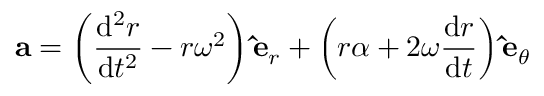
\mathbf { a } = \left( { \frac { \mathrm { d } ^ { 2 } r } { \mathrm { d } t ^ { 2 } } } - r \omega ^ { 2 } \right) \mathbf { \hat { e } } _ { r } + \left( r \alpha + 2 \omega { \frac { \mathrm { d } r } { \mathrm { { d } } t } } \right) \mathbf { \hat { e } } _ { \theta }